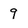
Character: 9